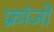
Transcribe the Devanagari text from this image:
फ्रांजो